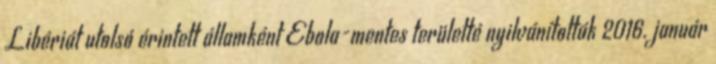
Libériát utolsó érintett államként Ebola-mentes területté nyilvánították 2016. január